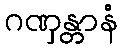
ဂဏှန္တာနံ